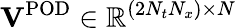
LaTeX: \mathbf{V}^{\mathrm{POD}}\in\mathbb{R}^{(2N_{t}N_{x})\times N}